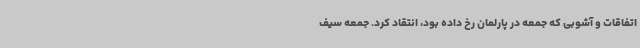
اتفاقات و آشوبی که جمعه در پارلمان رخ داده بود، انتقاد کرد. جمعه سیف